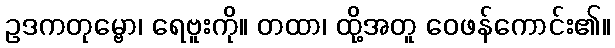
ဥဒကတုမ္ဗော၊ ရေဗူးကို။ တထာ၊ ထို့အတူ ဝေဖန်ကောင်း၏။